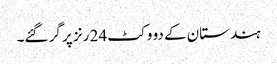
ہندستان کے دو وکٹ 24 رنز پر گر گئے۔